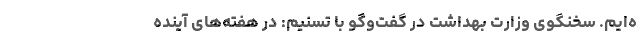
ه‌ایم. سخنگوی وزارت بهداشت در گفت‌وگو با تسنیم: در هفته‌های آینده